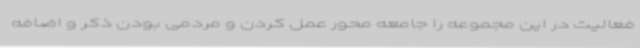
فعالیت در این مجموعه را جامعه محور عمل کردن و مردمی بودن ذکر و اضافه